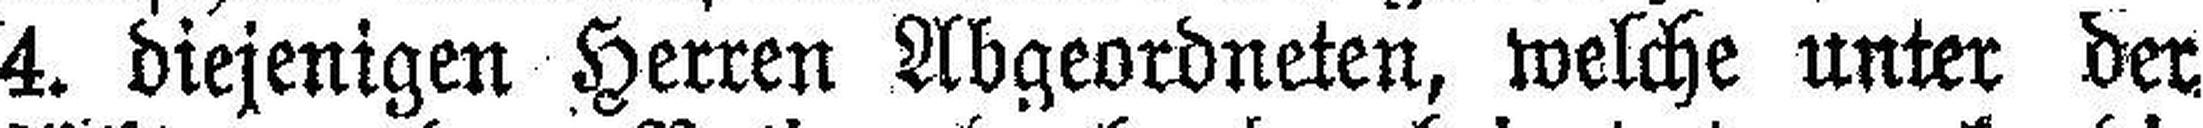
4. diejenigen Herren Abgeordneten, welche unter der